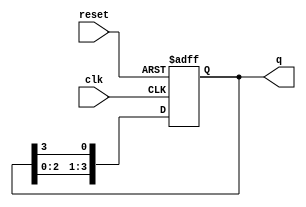
module bistable_ring_counter #(
    parameter N = 4  // Number of flip-flops
)(
    input wire clk,          // Clock signal
    input wire reset,        // Asynchronous reset
    output reg [N-1:0] q     // Counter output
);

// Initial state
initial begin
    q = 1'b1; // Set the first flip-flop to '1' and others to '0'
end

// Always block for synchronous operation
always @(posedge clk or posedge reset) begin
    if (reset) begin
        // Reset to initial state
        q <= 1'b1; // Reset to initial state
    end else begin
        // Shift the '1' bit to the right
        q <= {q[N-2:0], q[N-1]}; // Shift right and feed back the last bit to the first
    end
end

endmodule